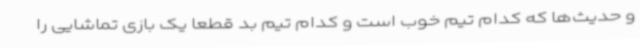
و حدیث‌ها که کدام تیم خوب است و کدام تیم بد قطعا یک بازی تماشایی را